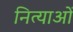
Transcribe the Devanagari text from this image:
नित्याओं